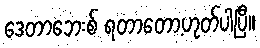
ဒေတာဘေးစ် ရတာတော့ဟုတ်ပါပြီ။